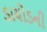
ડાયોડની